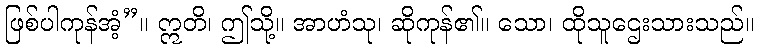
ဖြစ်ပါကုန်အံ့”။ ဣတိ၊ ဤသို့။ အာဟံသု၊ ဆိုကုန်၏။ သော၊ ထိုသူဌေးသားသည်။